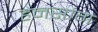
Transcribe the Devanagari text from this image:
हेनसांग